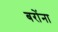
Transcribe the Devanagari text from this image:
बरोंना